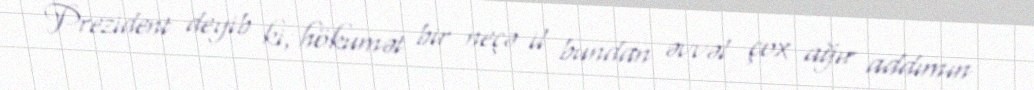
Prezident deyib ki, hökumət bir neçə il bundan əvvəl çox ağır addımın